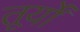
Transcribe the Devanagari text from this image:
तूर्यों